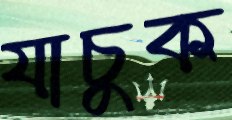
যাচুক